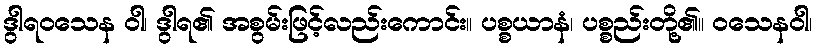
ဒွါရဝသေန ဝါ၊ ဒွါရ၏ အစွမ်းဖြင့်လည်းကောင်း။ ပစ္စယာနံ၊ ပစ္စည်းတို့၏။ ဝသေနဝါ၊